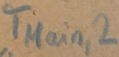
Text: TMain,2